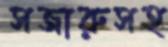
সজারুসহ